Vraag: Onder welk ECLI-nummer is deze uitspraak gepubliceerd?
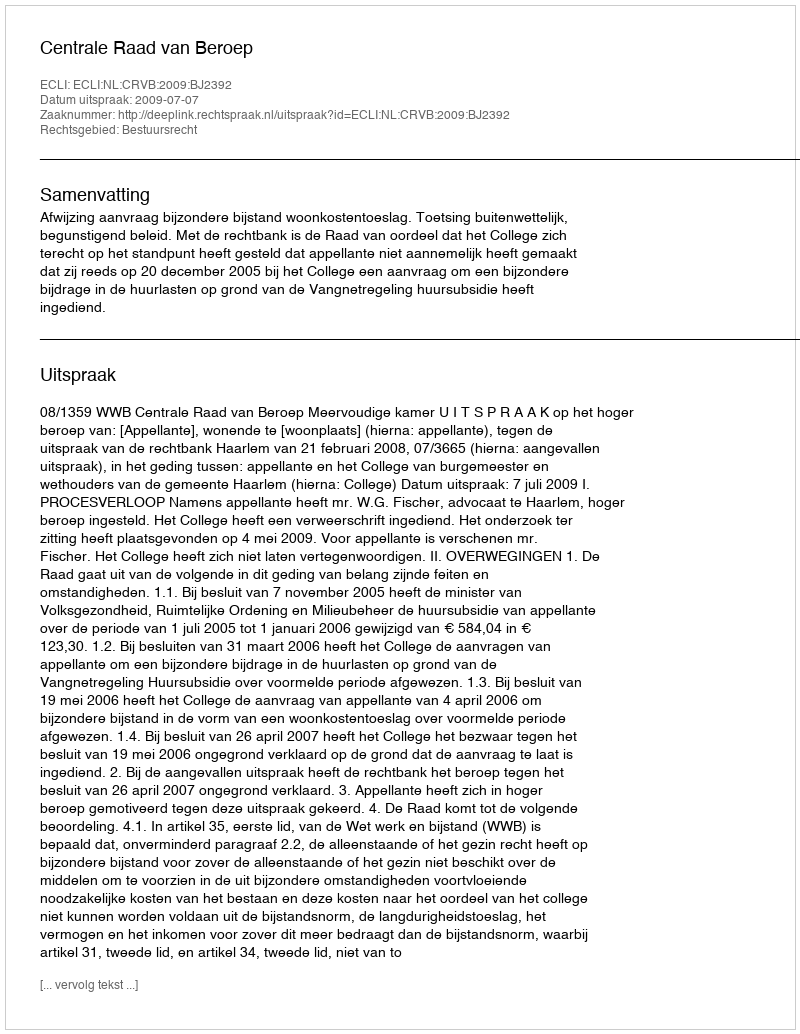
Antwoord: ECLI:NL:CRVB:2009:BJ2392